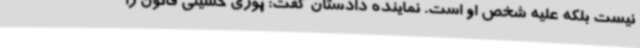
نیست بلکه علیه شخص او است. نماینده دادستان گفت: پوری حسینی قانون را